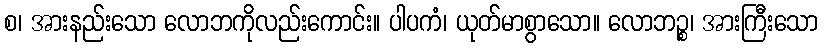
စ၊ အားနည်းသော လောဘကိုလည်းကောင်း။ ပါပကံ၊ ယုတ်မာစွာသော။ လောဘဉ္စ၊ အားကြီးသော